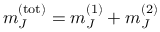
m _ { J } ^ { ( \mathrm { t o t } ) } = m _ { J } ^ { ( 1 ) } + m _ { J } ^ { ( 2 ) }